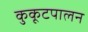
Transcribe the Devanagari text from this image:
कुकूटपालन